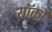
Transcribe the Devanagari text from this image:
यॉर्कों